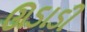
ઊડાડી